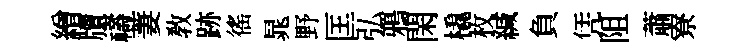
繒牘禱萋教跡徭晁野匡弘鴉閑橇枚緘負凭阻蕭寮